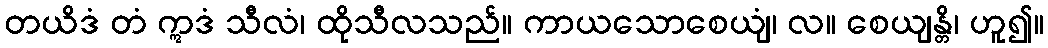
တယိဒံ တံ ဣဒံ သီလံ၊ ထိုသီလသည်။ ကာယသောစေယျံ၊ လ။ စေယျန္တိ၊ ဟူ၍။